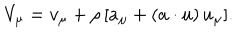
V _ { \mu } = v _ { \mu } + \rho \, [ a _ { \mu } + ( a \cdot u ) \, u _ { \mu } ] .